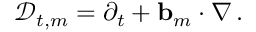
\mathscr { D } _ { t , m } = \partial _ { t } + \ensuremath { \mathbf { b } } _ { m } \cdot \nabla \, .